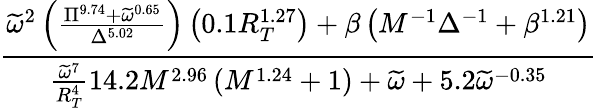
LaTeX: \frac{\widetilde{\omega}^{2}\left(\frac{\Pi^{9.74}+\widetilde{\omega}^{0.65}}{\Delta^{5.02}}\right)\left(0.1R_{T}^{1.27}\right)+\beta\left(M^{-1}\Delta^{-1}+\beta^{1.21}\right)}{\frac{\widetilde{\omega}^{7}}{R_{T}^{4}}14.2M^{2.96}\left(M^{1.24}+1\right)+\widetilde\omega+5.2\widetilde\omega^{-0.35}}